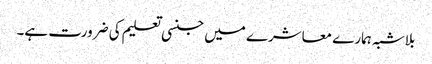
بلاشبہ ہمارے معاشرے میں جنسی تعلیم کی ضرورت ہے۔